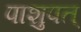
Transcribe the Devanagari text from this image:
पाशुपत्